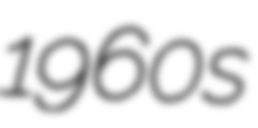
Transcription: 1960s